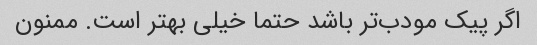
اگر پیک مودب‌تر باشد حتما خیلی بهتر است. ممنون